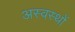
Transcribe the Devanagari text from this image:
अस्वस्थों